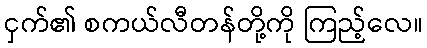
ငှက်၏ စကယ်လီတန်တို့ကို ကြည့်လေ။